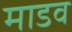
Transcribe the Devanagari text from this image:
माडव